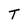
Character: T